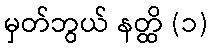
မှတ်ဘွယ် နတ္ထိ (၁)